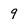
Character: 9